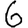
Digit: 6